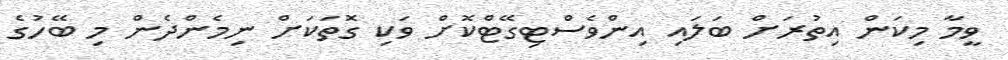
ވީމާ މިކަން އިތުރަށް ބަލައި އިންވެސްޓިގޭޓްކޮށް ވަކި ގޮތަކަށް ނިމެންދެން މި ބޭހުގެ